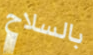
بالسلاح